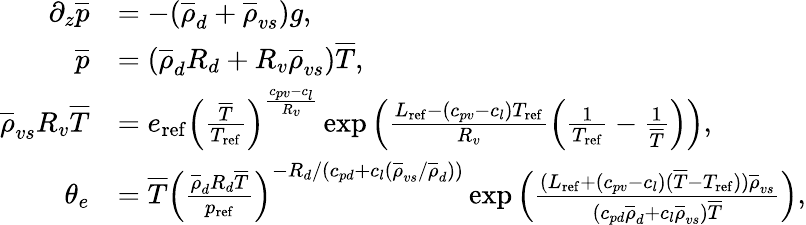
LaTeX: \begin{array}{rl}{\partial_{z}\overline{{p}}}&{=-(\overline{{\rho}}_{d}+\overline{{\rho}}_{vs})g,}\\ {\overline{{p}}}&{=(\overline{{\rho}}_{d}R_{d}+R_{v}\overline{{\rho}}_{vs})\overline{{T}},}\\ {\overline{{\rho}}_{vs}R_{v}\overline{{T}}}&{=e_{\mathrm{ref}}\left(\frac{\overline{{T}}}{T_{\mathrm{ref}}}\right)^{\frac{c_{pv}-c_{l}}{R_{v}}}\exp\left(\frac{L_{\mathrm{ref}}-(c_{pv}-c_{l})T_{\mathrm{ref}}}{R_{v}}\left(\frac{1}{T_{\mathrm{ref}}}-\frac{1}{\overline{{T}}}\right)\right),}\\ {\theta_{e}}&{=\overline{{T}}\left(\frac{\overline{{\rho}}_{d}R_{d}\overline{{T}}}{p_{\mathrm{ref}}}\right)^{-R_{d}/(c_{pd}+c_{l}(\overline{{\rho}}_{vs}/\overline{{\rho}}_{d}))}\exp\left(\frac{(L_{\mathrm{ref}}+(c_{pv}-c_{l})(\overline{{T}}-T_{\mathrm{ref}}))\overline{{\rho}}_{vs}}{(c_{pd}\overline{{\rho}}_{d}+c_{l}\overline{{\rho}}_{vs})\overline{{T}}}\right),}\end{array}